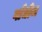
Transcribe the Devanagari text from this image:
गाँधीज